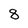
Character: 8